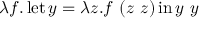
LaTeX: \lambda f . \operatorname { l e t } y = \lambda z . f \ ( z \ z ) \operatorname { i n } y \ y